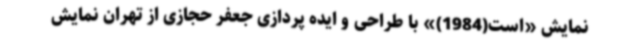
نمایش «است(1984)» با طراحی و ایده پردازی جعفر حجازی از تهران نمایش